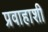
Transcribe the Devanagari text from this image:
प्रवाहाशी